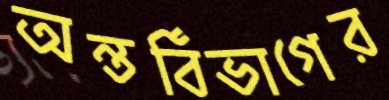
অন্তর্বিভাগের